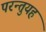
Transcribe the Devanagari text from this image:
परन्तुयह